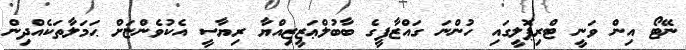
ނޭޓޯ އިން ވަނީ ޓްރިޕޮލީގައި ހުންނަ ގައްޒާފީގެ ބާބުލްޢަޒީޒިއްޔާ ރިޔާސީ އެކުވެންޏަށް ޙަމަލާތަކެއްދިން